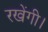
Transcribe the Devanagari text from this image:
रखेंगी।